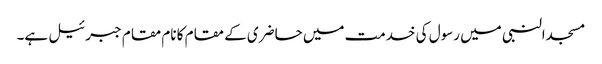
مسجدالنبی میں رسول کی خدمت میں حاضری کے مقام کا نام مقام جبرئیل ہے۔